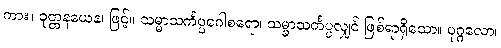
ကား။ ဝုတ္တနယေန၊ ဖြင့်။ သမ္မာသင်္ကပ္ပဂေါစရော၊ သမ္မာသင်္ကပ္ပလျှင် ဖြစ်ရာရှိသော။ ပုဂ္ဂလော၊